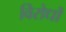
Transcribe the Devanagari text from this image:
विरोधोँ